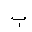
Letter: _ba